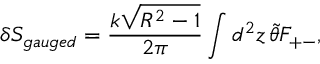
\delta S _ { g a u g e d } = \frac { k \sqrt { R ^ { 2 } - 1 } } { 2 \pi } \int d ^ { 2 } z \, \tilde { \theta } F _ { + - } ,